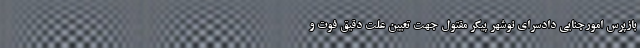
بازپرس امورجنایی دادسرای نوشهر پیکر مقتول جهت تعیین علت دقیق فوت و